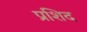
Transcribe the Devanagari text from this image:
प्रशिद